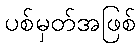
ပစ်မှတ်အဖြစ်